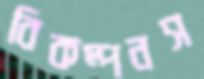
বিকম্পনস